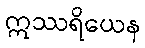
ဣဿရိယေန